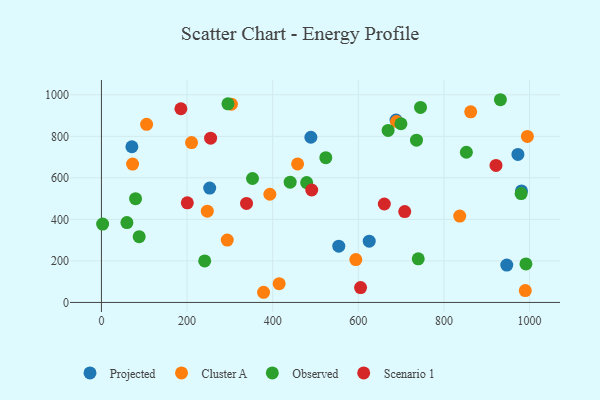
{"axis": {"x": "Engine Size", "y": "Yield"}, "legend": ["Cluster A", "Observed", "Projected", "Scenario 1"], "data": [{"x": "71.1", "y": 749.7, "type": "Projected"}, {"x": "625.5", "y": 295.3, "type": "Projected"}, {"x": "489.2", "y": 795.4, "type": "Projected"}, {"x": "688.1", "y": 878.5, "type": "Projected"}, {"x": "554.4", "y": 270.9, "type": "Projected"}, {"x": "972.8", "y": 713.0, "type": "Projected"}, {"x": "946.8", "y": 180.0, "type": "Projected"}, {"x": "981.1", "y": 536.9, "type": "Projected"}, {"x": "252.9", "y": 551.0, "type": "Projected"}, {"x": "458.2", "y": 667.1, "type": "Cluster A"}, {"x": "990.0", "y": 57.3, "type": "Cluster A"}, {"x": "72.8", "y": 666.3, "type": "Cluster A"}, {"x": "293.9", "y": 300.5, "type": "Cluster A"}, {"x": "393.4", "y": 521.1, "type": "Cluster A"}, {"x": "836.9", "y": 416.0, "type": "Cluster A"}, {"x": "247.3", "y": 439.3, "type": "Cluster A"}, {"x": "994.9", "y": 799.5, "type": "Cluster A"}, {"x": "303.6", "y": 954.7, "type": "Cluster A"}, {"x": "210.5", "y": 770.0, "type": "Cluster A"}, {"x": "105.5", "y": 857.8, "type": "Cluster A"}, {"x": "862.5", "y": 918.1, "type": "Cluster A"}, {"x": "689.2", "y": 871.3, "type": "Cluster A"}, {"x": "594.2", "y": 206.4, "type": "Cluster A"}, {"x": "415.1", "y": 90.5, "type": "Cluster A"}, {"x": "378.7", "y": 49.0, "type": "Cluster A"}, {"x": "980.3", "y": 524.3, "type": "Observed"}, {"x": "735.9", "y": 781.5, "type": "Observed"}, {"x": "2.8", "y": 377.6, "type": "Observed"}, {"x": "88.2", "y": 316.8, "type": "Observed"}, {"x": "699.6", "y": 860.5, "type": "Observed"}, {"x": "79.7", "y": 499.7, "type": "Observed"}, {"x": "479.4", "y": 577.1, "type": "Observed"}, {"x": "740.0", "y": 209.9, "type": "Observed"}, {"x": "241.2", "y": 200.2, "type": "Observed"}, {"x": "745.3", "y": 939.1, "type": "Observed"}, {"x": "524.1", "y": 697.1, "type": "Observed"}, {"x": "669.6", "y": 828.3, "type": "Observed"}, {"x": "59.5", "y": 384.8, "type": "Observed"}, {"x": "931.9", "y": 976.2, "type": "Observed"}, {"x": "991.5", "y": 185.5, "type": "Observed"}, {"x": "295.5", "y": 956.4, "type": "Observed"}, {"x": "440.8", "y": 579.2, "type": "Observed"}, {"x": "352.9", "y": 596.9, "type": "Observed"}, {"x": "852.4", "y": 723.2, "type": "Observed"}, {"x": "255.0", "y": 791.1, "type": "Scenario 1"}, {"x": "921.6", "y": 660.0, "type": "Scenario 1"}, {"x": "491.2", "y": 541.4, "type": "Scenario 1"}, {"x": "660.8", "y": 474.1, "type": "Scenario 1"}, {"x": "200.6", "y": 479.6, "type": "Scenario 1"}, {"x": "708.4", "y": 437.7, "type": "Scenario 1"}, {"x": "338.9", "y": 477.0, "type": "Scenario 1"}, {"x": "185.6", "y": 932.7, "type": "Scenario 1"}, {"x": "605.3", "y": 71.4, "type": "Scenario 1"}]}